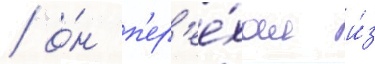
/ о́н п'ер'ее́хал и́з